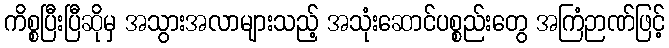
ကိစ္စပြီးပြီဆိုမှ အသွားအလာများသည့် အသုံးဆောင်ပစ္စည်းတွေ အကြံဉာဏ်ဖြင့်